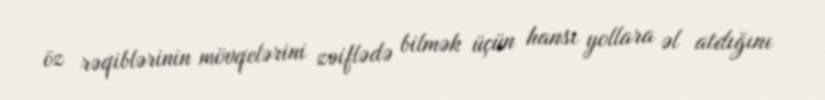
öz rəqiblərinin mövqelərini zəiflədə bilmək üçün hansı yollara əl atdığını